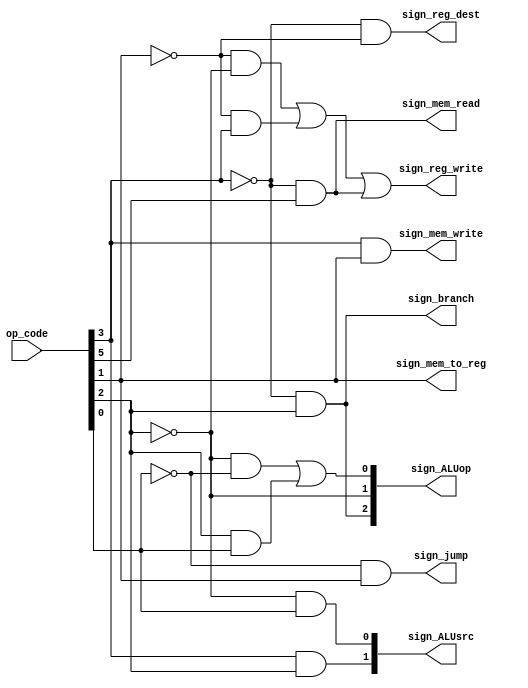
module control_unit(
op_code,sign_reg_dest,
sign_branch,sign_mem_read,
sign_mem_to_reg,sign_mem_write,
sign_ALUsrc,sign_reg_write,sign_ALUop,sign_jump);

input [5:0] op_code;
output sign_reg_dest,sign_branch,sign_mem_read,sign_mem_to_reg,sign_mem_write,sign_reg_write,sign_jump;
output [1:0] sign_ALUsrc;
output [2:0] sign_ALUop;

wire w1,w2,w3,w4,w5,w6,w7,w8,w9;

//reg destination
not(w1,op_code[3]);
not(w2,op_code[1]);
and(sign_reg_dest,w1,w2);

//mem to reg
buf(sign_mem_to_reg,op_code[1]);

//reg write
not(w3,op_code[2]);
and(w4,w2,w3);
and(w5,w2,op_code[3]);
and(w6,w1,op_code[5]);
or(sign_reg_write,w4,w5,w6);

//mem read
and(sign_mem_read,w1,op_code[5]);

//mem write
and(sign_mem_write,op_code[3],op_code[1]);

//branch
and(sign_branch,w1,op_code[2]);

//jump
not(w7,op_code[0]);
and(sign_jump,w7,op_code[1]);

//ALUsrc
and(sign_ALUsrc[1],op_code[3],op_code[2]);
and(sign_ALUsrc[0],w3,op_code[0]);

//ALUop
and(sign_ALUop[2],w1,op_code[2]);
buf(sign_ALUop[1],w3);
and(w8,w3,w7);
and(w9,op_code[2],op_code[0]);
or(sign_ALUop[0],w8,w9);

endmodule